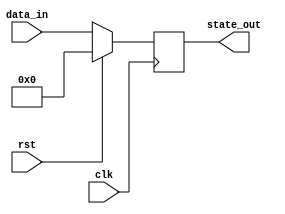
module synchronous_reset (
    input wire clk,               // Clock signal
    input wire rst,               // Reset signal (active-high)
    input wire [N-1:0] data_in,   // Data inputs (replace N with the desired width)
    output reg [M-1:0] state_out  // State outputs (replace M with the desired width)
);

// Parameter Definitions
parameter N = 8; // Width of data inputs
parameter M = 8; // Width of state outputs (can be adjusted as needed)
parameter RESET_VALUE = 0; // Define a reset value

// Always block for synchronous operation
always @(posedge clk) begin
    if (rst) begin
        // Reset state to predefined value
        state_out <= RESET_VALUE;
    end else begin
        // Normal operation (update state based on input data)
        // Add your specific logic here; for example, a simple data pass-through:
        state_out <= data_in; // Modify this line according to your design needs
    end
end

endmodule